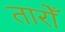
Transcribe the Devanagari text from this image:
तारोँ